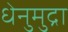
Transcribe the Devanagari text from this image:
धेनुमुद्रा